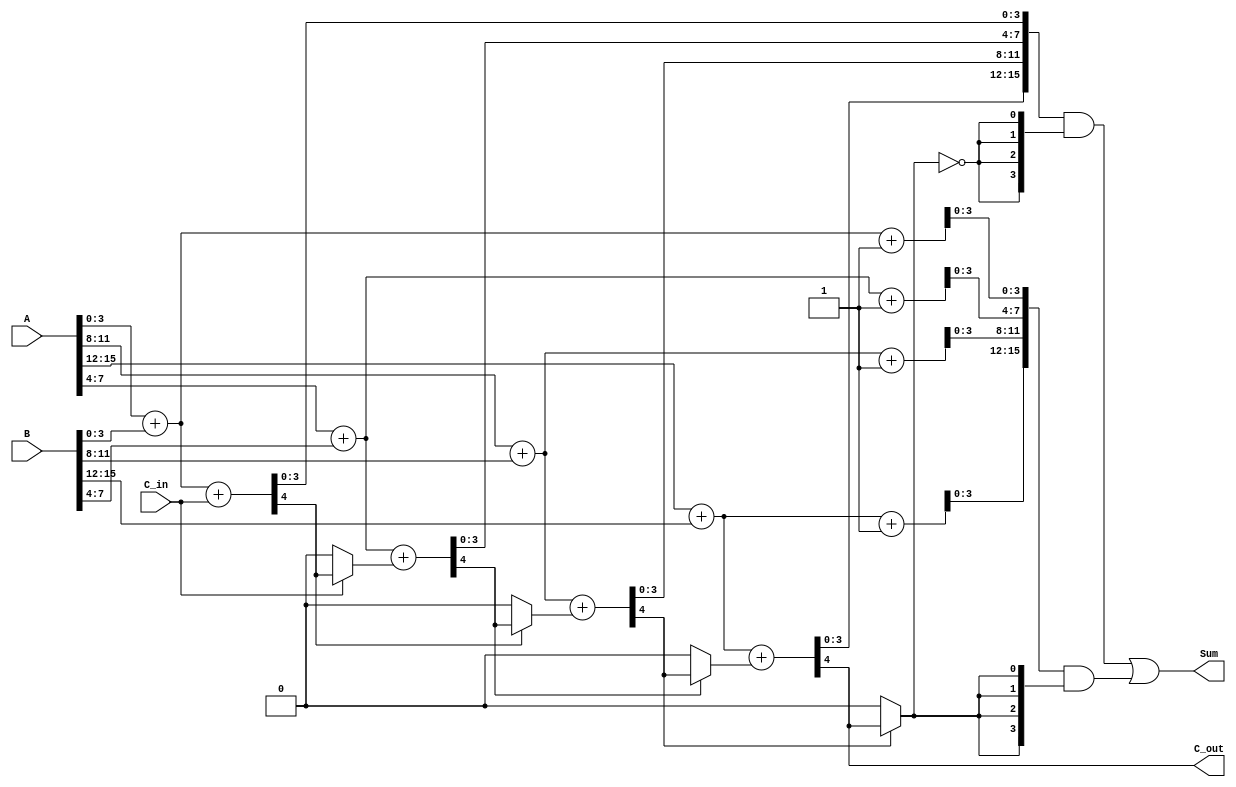
module HybridCarrySelectAdder (
    input [15:0] A,        // First 16-bit input
    input [15:0] B,        // Second 16-bit input
    input C_in,            // Carry input
    output [15:0] Sum,     // 16-bit sum output
    output C_out           // Carry output
);

    // Internal signals
    wire [3:0] sum0 [3:0]; // Sum when C_in = 0 for each segment
    wire [3:0] sum1 [3:0]; // Sum when C_in = 1 for each segment
    wire C_out_segment [3:0]; // Carry out for each segment
    wire C_select [3:0]; // Carry select signals

    // Generate the 4-bit adders for each segment
    genvar i;
    generate
        for (i = 0; i < 4; i = i + 1) begin : segment
            // Adder assuming C_in = 0
            if (i == 0) begin
                // First segment, use C_in directly
                assign {C_out_segment[i], sum0[i]} = A[4*i +: 4] + B[4*i +: 4] + C_in;
            end else begin
                // Subsequent segments, use carry from previous segment
                assign {C_out_segment[i], sum0[i]} = A[4*i +: 4] + B[4*i +: 4] + C_select[i-1];
            end
            
            // Adder assuming C_in = 1
            assign {C_out_segment[i], sum1[i]} = A[4*i +: 4] + B[4*i +: 4] + 1'b1;

            // Carry selection logic
            if (i == 0) begin
                assign C_select[i] = C_in ? C_out_segment[i] : 1'b0;
            end else begin
                assign C_select[i] = C_out_segment[i-1] ? C_out_segment[i] : 1'b0;
            end
        end
    endgenerate

    // Final sum selection
    assign Sum = {sum0[3], sum0[2], sum0[1], sum0[0]} & {4{~C_select[3]}} |
                 {sum1[3], sum1[2], sum1[1], sum1[0]} & {4{C_select[3]}};

    // Final carry out
    assign C_out = C_out_segment[3];

endmodule